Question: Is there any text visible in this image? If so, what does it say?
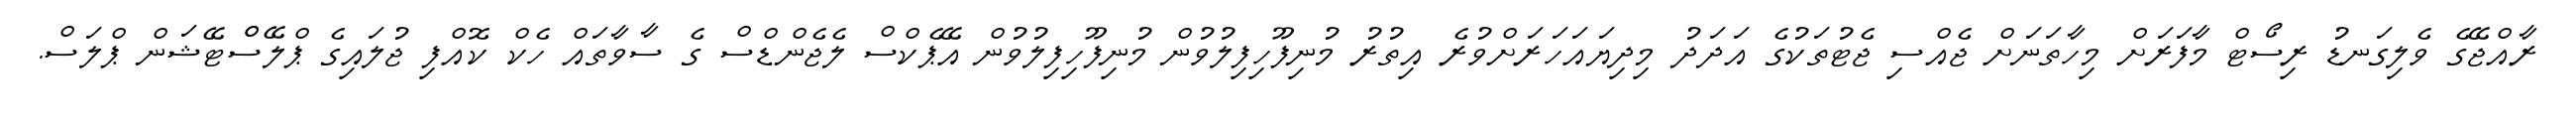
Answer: ރާއްޖޭގެ ވެލިގަނޑު ރިސޯޓް މާފަރަށް މިހާތަނަށް ޖެއްސި ޖެޓުތަކުގެ އަދަދު މިދިޔައަހަރަށްވުރެ އިތުރު މުނިފޫހިފިލުވުން މުނިފޫހިފިލުވުން އޭޕެކްސް ލެޖެންޑްސް ގެ ސާވާތައް ހެކް ކޮއްފި ޖުލައިގެ ޕްލޭސްްޓޭޝަން ޕްލަސް.